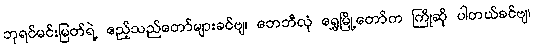
ဘုရင်မင်းမြတ်ရဲ့ ဧည့်သည်တော်များခင်ဗျ၊ ဘေဘီလုံ ရွှေမြို့တော်က ကြိုဆို ပါတယ်ခင်ဗျ၊